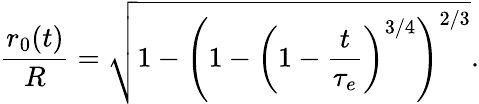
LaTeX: \frac{r_{0}(t)}{R}=\sqrt{1-\left(1-\left(1-\frac{t}{\tau_{e}}\right)^{3/4}\right)^{2/3}}.